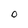
Character: O